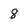
Character: 8